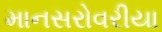
માનસરોવરીયા